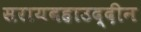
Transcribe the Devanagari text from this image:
सरायबहाउद्दीन